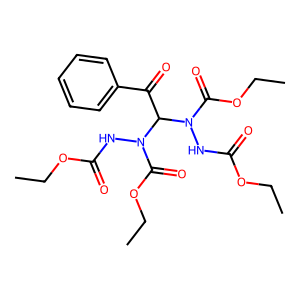
SMILES: CCOC(=O)NN(C(=O)OCC)C(C(=O)c1ccccc1)N(NC(=O)OCC)C(=O)OCC
Inhibits HIV replication: No